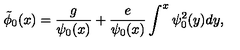
\tilde { \phi } _ { 0 } ( x ) = \frac { g } { \psi _ { 0 } ( x ) } + \frac { e } { \psi _ { 0 } ( x ) } \int ^ { x } \psi _ { 0 } ^ { 2 } ( y ) d y ,